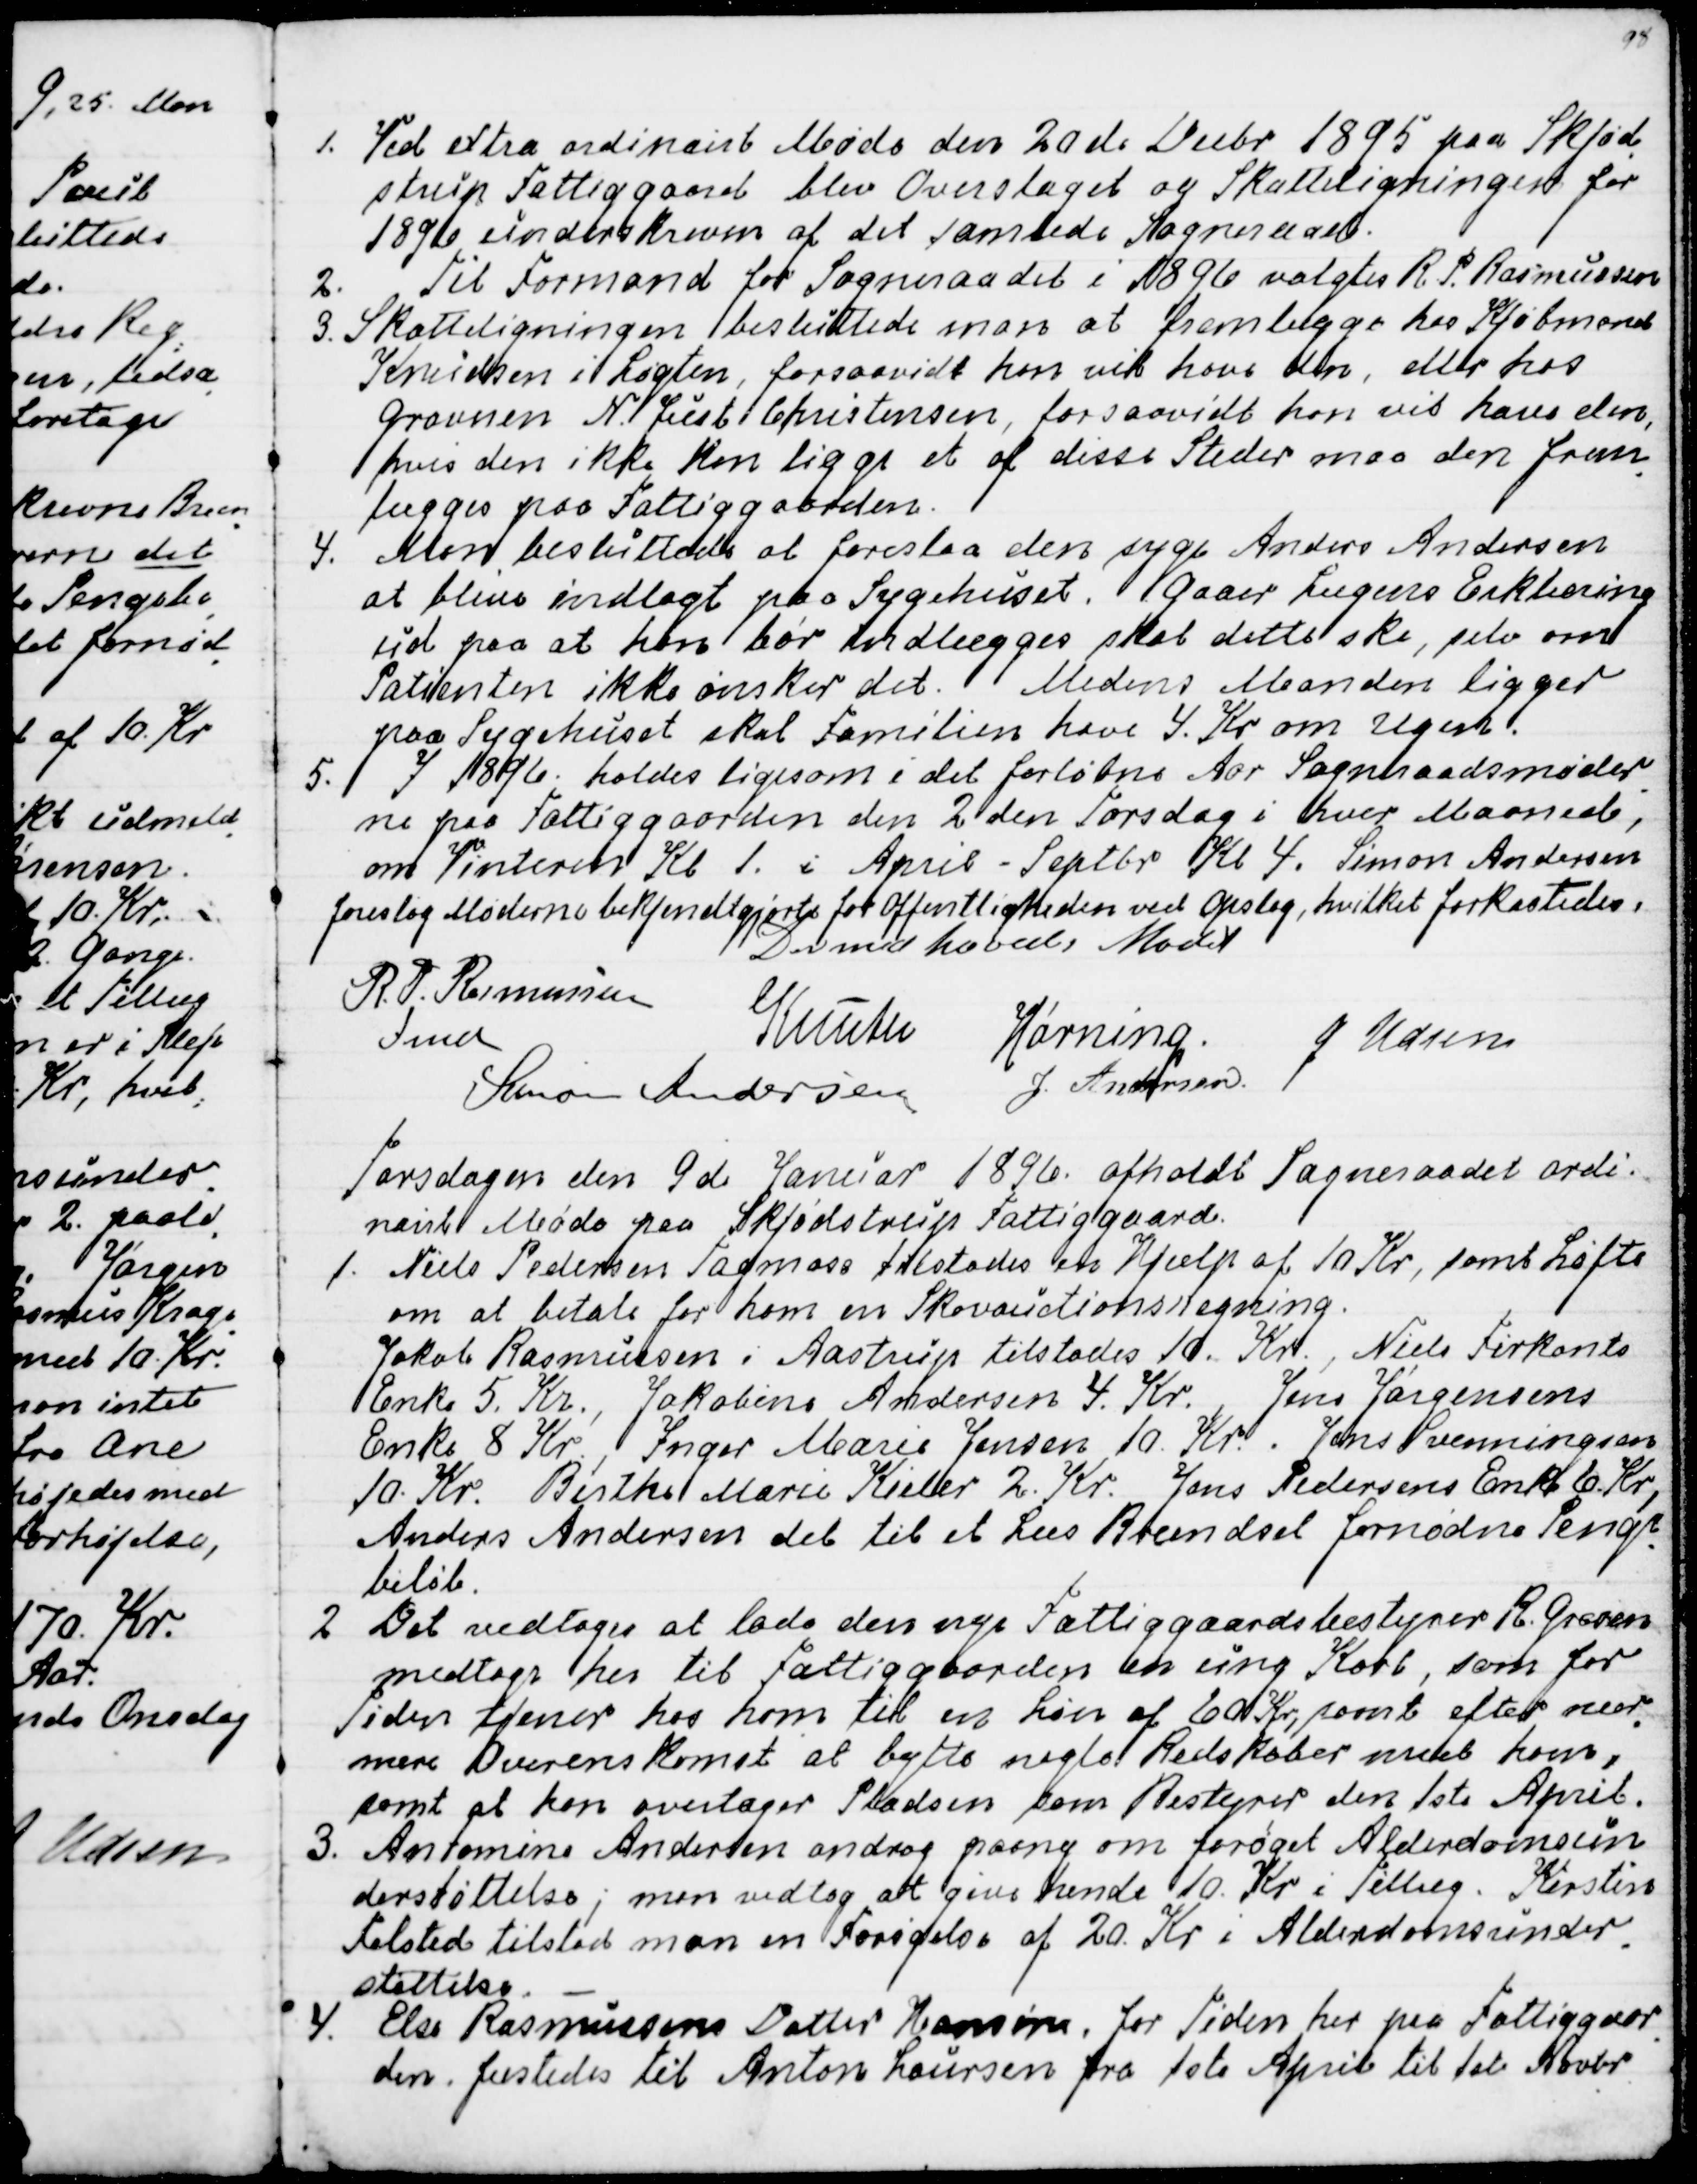
Transskription:
1. Ved extra ordinairt Møde den 20de Decbr 1895 paa Skjød
-
strup Fattiggaard blev Overslaget og Skatteligningen for
1896 underskreven af det samlede Sogneraad.
2. Til Formand for Sogneraadet i 1896 valgtes R. P. Rasmussen
3. Skatteligningen besluttede man at fremlægge hos Kjøbmand
Knudsen i Løgten, forsaavidt han vil have den, eller hos
Gravnen N Just Christensen, forsaavidt han vil have den,
hvis den ikke kan ligge et af disse Steder maa den frem
-
lægges paa Fattiggaarden.
4. Man besluttede at foreslaa den syge Anders Andersen
at blive indlagt paa Sygehuset. Gaaer Lægens Erklæring
ud paa at han bør indlægges skal dette ske, selv om
Patienten ikke ønsker det. Medens Manden ligger
paa Sygehuset skal Familien have 4. Kr om Ugen.
5. I 1896. holdes ligesom i det forløbne Aar Sogneraadsmøder
-
ne paa Fattiggaarden den 2den Torsdag i hver Maaned,
om Vinteren Kl 1. i April - Septbr Kl 4. Simon Andersen
foreslog Møderne bekjendtgjorte for Offentlighedes ved Opslag, hvilket forkastedes.
Dermed hæveds Mødet
R. P. Rasmussen
Fmd
Knuth
Hørning
J Udsen
Simon Andersen
J. Andersen

Torsdagen den 9de Januar 1896. afholdt Sogneraadet ordi-
nairt Møde paa Skjødstrup Fattiggaard.
1. Niels Pedersen Tagmose tilstodes en Hjælp af 10 Kr, samt Løfte
om at betale for ham en Skovauctionsregning.
Jakob Rasmussen i Aastrup tilstodes 10. Kr., Niels Firkants
Enke 5. Kr., Jakobine Andersen 4. Kr. Jens Jørgensens
Enke 8 Kr., Inger Marie Jensen 10. Kr. Jens Svenningsen
10. Kr. Birthe Marie Kieler 2. Kr. Jens Pedersens Enke 6. Kr,
Anders Andersen det til et Læs Brændsel fornødne Penge
-
beløb.
2. Det vedtoges at lade den nye Fattiggaardsbestyrer R. Grosen
medtage her til Fattiggaarden en ung Karl, som for
Tiden tjener hos ham til en Løn af 60 Kr, samt efter nær
-
mere Overenskomst at bytte nogle Redskaber med ham,
samt at han overtager Pladsen som Bestyrer den 1ste April.
3. Antomine Andersen androg paany om forøget Alderdomsun
derstøttelse; man vedtog at give hende 10. Kr i Tillæg. Kirstin
Feldsted tilstod man en Forhøjelse af 20. Kr i Alderdomsunder
-
støttelse.
4. Else Rasmussens Datter Hansine, for Tiden her paa Fattiggaar
-
den, fæstedes til Anton Laursen fra 1ste April til 1ste Novbr